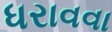
ધરાવવા